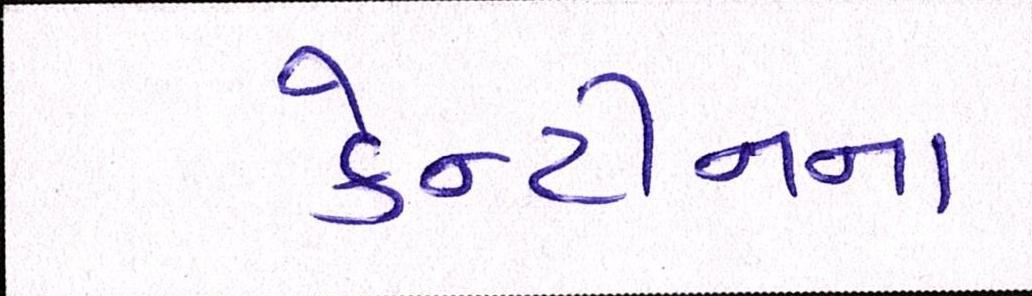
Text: કેન્ટીનના